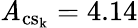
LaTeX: \mathit{A}_{\mathrm{{{cs_{k}}}}}=4.14